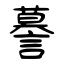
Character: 謩